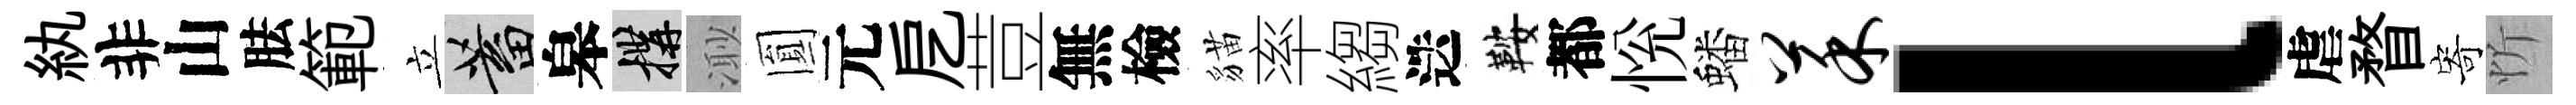
紈非山胠範立蓄皋構𣺌圎元戹荳無檢貓率縐迭鞍都恱蟠菜l虐瞀寄忻